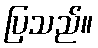
ပြသည်။